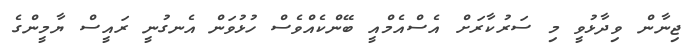
ޖިނާން ވިދާޅުވީ މި ސަރުކާރަށް އެސްއެމްއީ ބޭންކެއްވެސް ހުޅުވަން އެނގުނީ ރައީސް ޔާމީންގެ